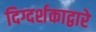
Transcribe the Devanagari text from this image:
दिग्दर्शकाद्वारे